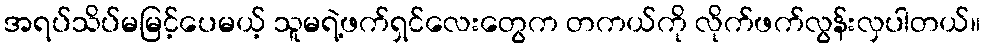
အရပ်သိပ်မမြင့်ပေမယ့် သူမရဲ့ဖက်ရှင်လေးတွေက တကယ်ကို လိုက်ဖက်လွန်းလှပါတယ်။